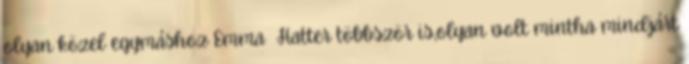
olyan közel egymáshoz Emma Hatter többször is,olyan volt mintha mindjárt